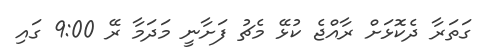
ގަތަރާ ދެކޮޅަށް ރާއްޖެ ކުޅޭ މެޗު ފަށާނީ މަދަމާ ރޭ 9:00 ގައި